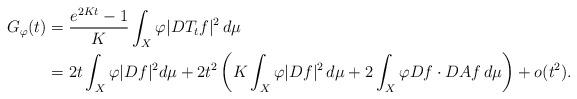
LaTeX: \begin{align*}G_\varphi (t) & =\frac{e^{2Kt}-1}{K} \int_X\varphi |DT_t f|^2\,d\mu \\& = 2t \int_X \varphi |Df|^2 d\mu +2t^2 \left(K\int_X \varphi |Df|^2\,d\mu +2 \int_X \varphi Df\cdot DAf \,d\mu \right)+o(t^2).\end{align*}